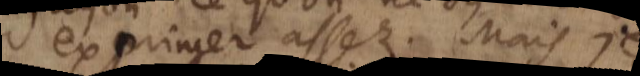
exprimer assez. Mais je